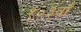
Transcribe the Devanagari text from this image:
१०३वाँ